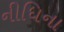
નીધિના